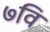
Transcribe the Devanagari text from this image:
७वि